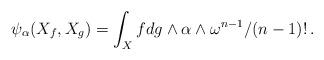
LaTeX: \begin{align*}\psi_{\alpha}(X_f, X_g) = \int_{X} f dg \wedge \alpha \wedge \omega^{n-1}/(n-1)!\,.\end{align*}